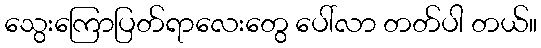
သွေးကြောပြတ်ရာလေးတွေ ပေါ်လာ တတ်ပါ တယ်။